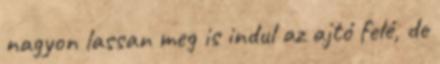
nagyon lassan meg is indul az ajtó felé, de